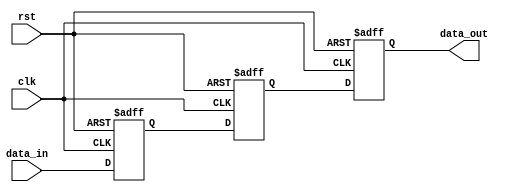
module three_flop_synchronizer (
    input wire clk,
    input wire rst,
    input wire data_in,
    output reg data_out
);

reg flop1;
reg flop2;
reg flop3;

always @(posedge clk or posedge rst) begin
    if (rst) begin
        flop1 <= 1'b0;
        flop2 <= 1'b0;
        flop3 <= 1'b0;
    end else begin
        flop1 <= data_in;
        flop2 <= flop1;
        flop3 <= flop2;
    end
end

assign data_out = flop3;

endmodule